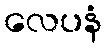
လေပနံ